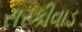
સરકીવાડ